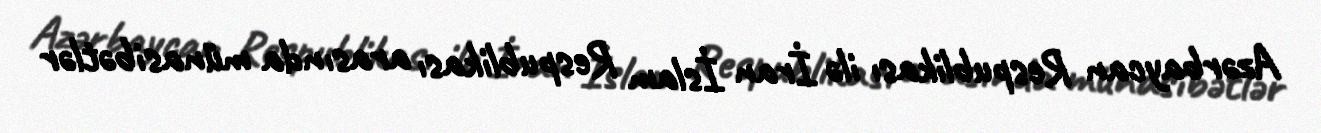
Azərbaycan Respublikası ilə İran İslam Respublikası arasında münasibətlər